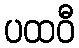
ပထဝီ